Annual report on the health of the army in India
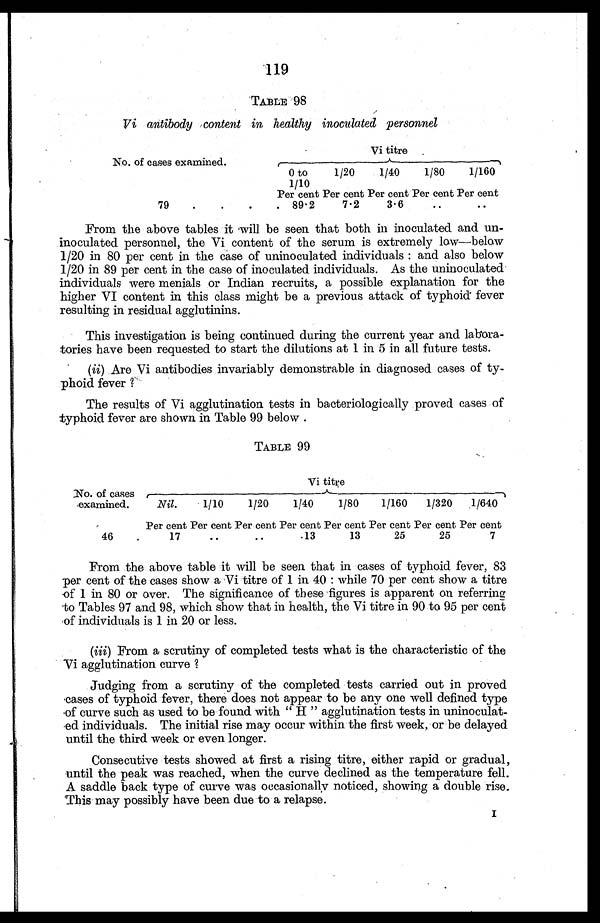
119
TABLE 98
Vi antibody content in healthy inoculated personnel
No. of cases examined.
Vi titre
0 t o
1/10
1/20
1/40
1/80
1/160
Per cent Per cent Per cent Per cent Per cent
79 . . .
89.2
7.2
3.6
. . .
. . .
From the above tables it will be seen that both in inoculated and un
-inoculated personnel, the Vi content of the serum is extremely low—below
1/20 in 80 per cent in the case of uninoculated individuals: and also below
1/20 in 89 per cent in the case of inoculated individuals. As the uninoculated
individuals were menials or Indian recruits, a possible explanation for the
higher VI content in this class might be a previous attack of typhoid fever
resulting in residual agglutinins.
This investigation is being continued during the current year and labor
a-tories have been requested to start the dilutions at 1 in 5 in all future tests.
(ii) Are Vi antibodies invariably demonstrable in diagnosed cases of ty
-phoid fever?
The results of Vi agglutination tests in bacteriologically proved cases of
typhoid fever are shown in Table 99 below .
TABLE 99
Vi titre
No. of cases
examined. Nil.
1/10
1/20
1/40 1/80
1/160
1/320
1/640
Per cent Per cent Per cent Per cent Per cent Per cent Per cent Per cent
46 . . .
17
. . .
. . .
13
13
25
25
7
From the above table it will be seen that in cases of typhoid fever, 83
per cent of the cases show a Vi titre of 1 in 40: while 70 per cent show a titre
of 1 in 80 or over. The significance of these figures is apparent on referring
to Tables 97 and 98, which show that in health, the Vi titre in 90 to 95 per cent
of individuals is 1 in 20 or less.
(iii ) From a scrutiny of completed tests what is the characteristic of the
Vi agglutination curve?
Judging from a scrutiny of the completed tests carried out in proved
cases of typhoid fever, there does not appear to be any one well defined type
of curve such as used to be found with "H"agglutination tests in uninoculat
- e d i n d i v i d u a l s . T h e i n i t i a l r i s e m a y o c c u r w i t h i n t h e f i r s t w e e k , o r b e d e l a y e d
until the third week or even longer.
Consecutive tests showed at first a rising titre, either rapid or gradual,
until the peak was reached, when the curve declined as the temperature fell.
A saddle back type of curve was occasionally noticed, showing a double rise.
This may possibly have been due to a relapse.
I .